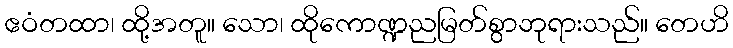
ဧဝံတထာ၊ ထို့အတူ။ သော၊ ထိုကောဏ္ဍညမြတ်စွာဘုရားသည်။ တေဟိ